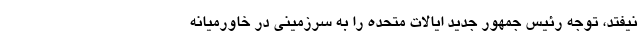
نیفتد، توجه رئیس جمهور جدید ایالات متحده را به سرزمینی در خاورمیانه